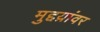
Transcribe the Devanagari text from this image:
मुद्दय़ांवर